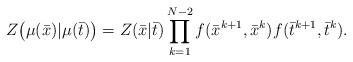
LaTeX: \begin{align*}Z\bigl(\mu(\bar x)|\mu(\bar t)\bigr) =Z(\bar x|\bar t)\prod_{k=1}^{N-2} f(\bar x^{k+1}, \bar x^{k})f(\bar t^{k+1}, \bar t^{k}).\end{align*}